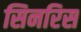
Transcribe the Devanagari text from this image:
सिनरिस